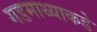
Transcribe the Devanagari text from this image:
गडमाथ्याकडे